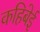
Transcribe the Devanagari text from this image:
कहिबेई